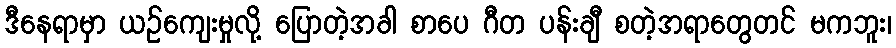
ဒီနေရာမှာ ယဉ်ကျေးမှုလို့ ပြောတဲ့အခါ စာပေ ဂီတ ပန်းချီ စတဲ့အရာတွေတင် မကဘူး၊